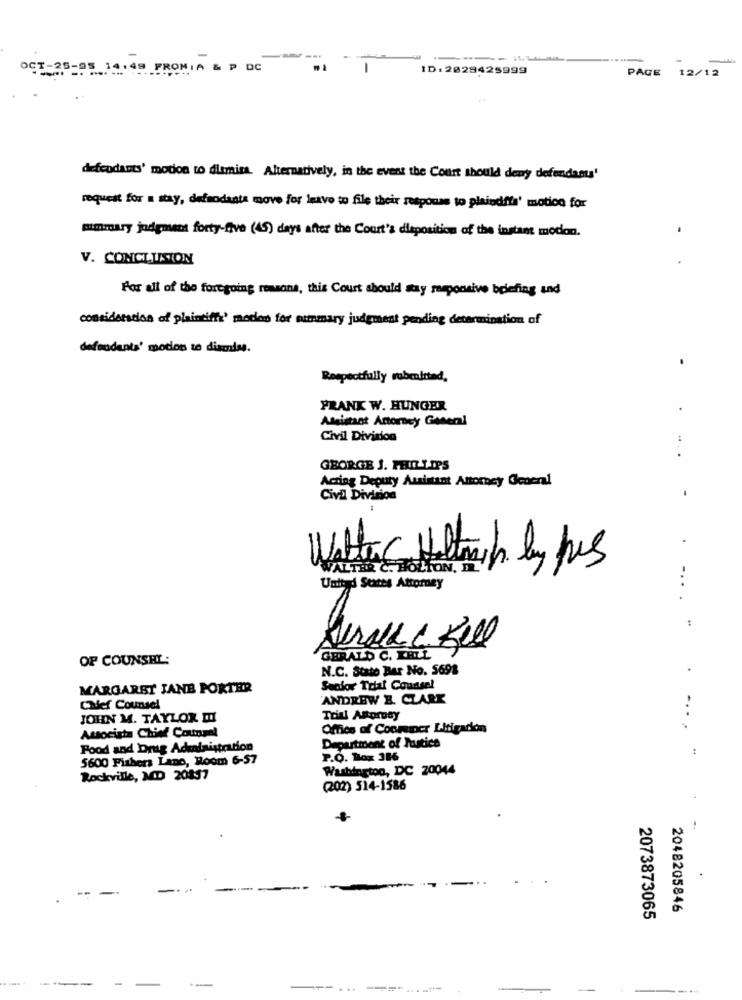
-
OCT-25-95 14:49 FROMIA & P
DC
-
ID: 2029425999
PAGE 12/12
defendants' motion to dismiss. Alternatively, in the event the Court should deny defendants'
request for a stay, defmodants move for leave to file their response to plaindffs' motion for
mimmary judgment forty-five (45) days after the Court's disposition of the instant modon.
V. CONCLUSION
For all of the foregoing reasons, this Court should stay responsive briefing and
consideration of plaintiffy' moden for summary judgment pending determination of
defendants' motion to dismiss.
-
Respectfully submitted,
PRANK W. HUNGER
Assistant Attorney General
Civil Division
... .
GEORGE J. PHILIPS
Acting Deputy Assistant Attorney General
Civil Division
-
Walter Holtmich by pas
VALTER C. BOLTON, IL
United States Attorney
....
OF COUNSEL:
GERALD C. ERLL
N.C. State Ber No. 5698
MARGARET JANE PORTER
Senior Trial Counsel
ANDREW B. CLARK
Chief Counsel
-.
JOHN M. TAYLOR II
Trial Altprosy
Office of Coomeiner Litigación
Associata Chief Counsel
Food and Drug Administration
Department of Justice
5600 Fishers Lano, Room 6-57
P.O. Box 386
Washington, DC 20044
Rockville, MD 20437
(202) 514-1586
2048205846
2073873065
-
...
-